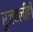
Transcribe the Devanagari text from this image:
रुजवलीही